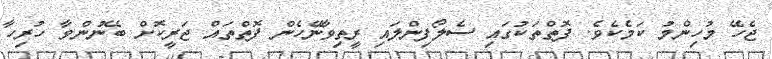
ޖެހޭ މުހިންމު ކަމެކެވެ. ފޮތްތަކުގައި ސެލޯފިންލައި ރީތިވާނޭހެން ފޮތްތައް ޖަރީކޮށް ބޭނުންވާ ހުރިހާ